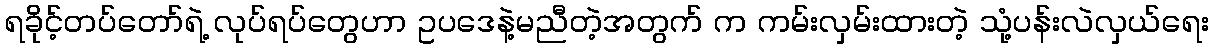
ရခိုင့်တပ်တော်ရဲ့ လုပ်ရပ်တွေဟာ ဥပဒေနဲ့မညီတဲ့အတွက် က ကမ်းလှမ်းထားတဲ့ သုံ့ပန်းလဲလှယ်ရေး